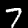
Digit: 7